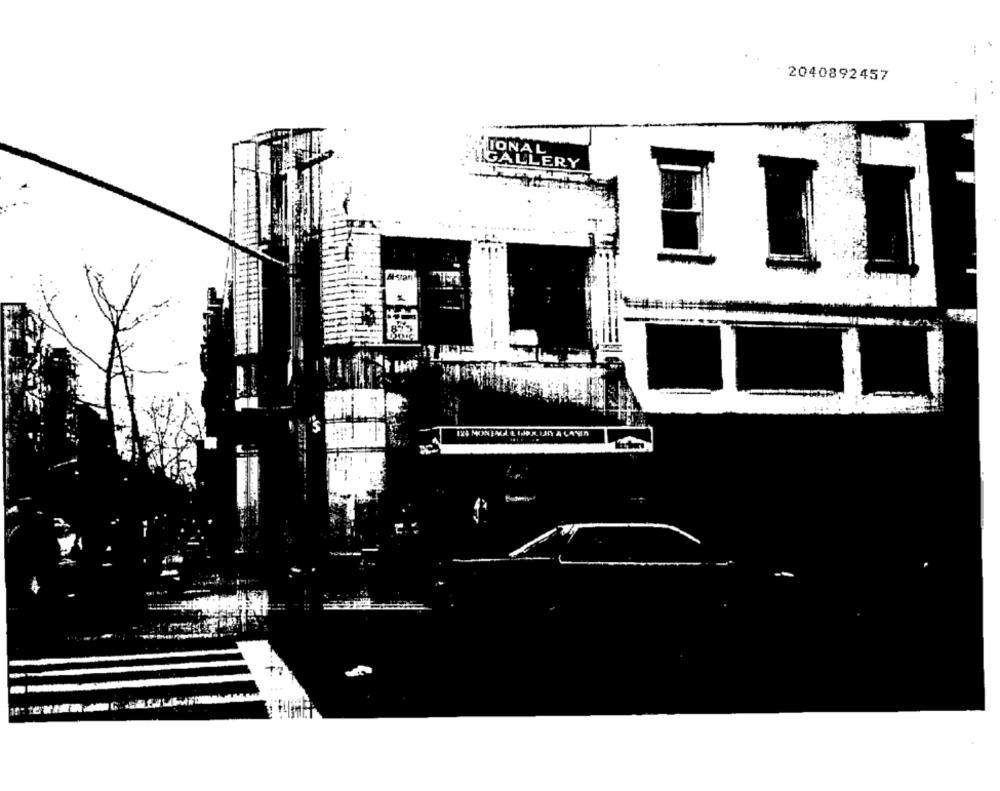
· 2040892457
IONAL
IGALLERY
124 MONTAGLL GIRAUD A LANIR